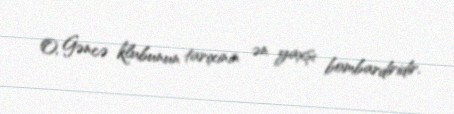
O, Gəncə klubunun tarixinin ən yaxşı bombardiridir.